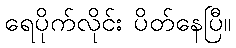
ရေပိုက်လိုင်း ပိတ်နေပြီ။